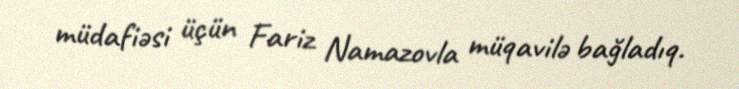
müdafiəsi üçün Fariz Namazovla müqavilə bağladıq.